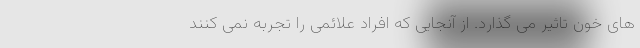
های خون تاثیر می گذارد. از آنجایی که افراد علائمی را تجربه نمی کنند